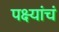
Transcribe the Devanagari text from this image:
पक्ष्यांचं